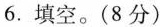
6.填空。(8分)